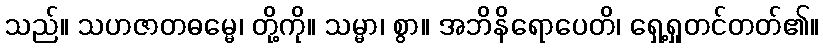
သည်။ သဟဇာတဓမ္မေ၊ တို့ကို။ သမ္မာ၊ စွာ။ အဘိနိရောပေတိ၊ ရှေ့ရှုတင်တတ်၏။